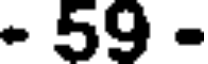
- 59 -